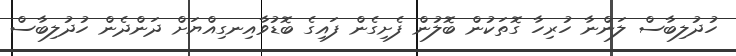
ހުދުލިބާސް ލަންނާ ހުރިހާ ގޮތަކުން ބޮލުން ފެށިގެން ފައިގެ ބޮޑުވާއިނގިއްޔަށް ދަންދެން ހުދުލިބާސް